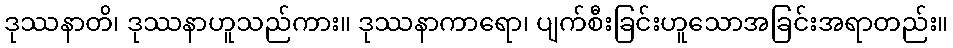
ဒုဿနာတိ၊ ဒုဿနာဟူသည်ကား။ ဒုဿနာကာရော၊ ပျက်စီးခြင်းဟူသောအခြင်းအရာတည်း။